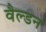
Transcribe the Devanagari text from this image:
वैल्डन